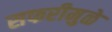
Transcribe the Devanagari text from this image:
सफरीमुळे